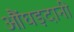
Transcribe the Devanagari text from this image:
औंघड़दानी